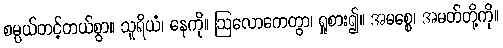
စမ္ပယ်တင့်တယ်စွာ။ သူရိယံ၊ နေကို။ ဩလောကေတွာ၊ ရှုစား၍။ အမစ္စေ၊ အမတ်တို့ကို။